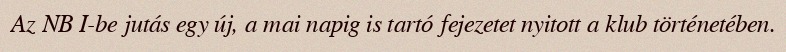
Az NB I-be jutás egy új, a mai napig is tartó fejezetet nyitott a klub történetében.